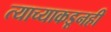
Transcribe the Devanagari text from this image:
त्याच्याकडूनही